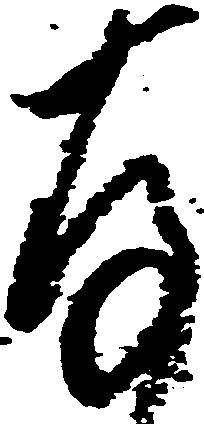
存